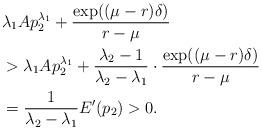
LaTeX: \begin{align*}&\lambda_1Ap_2^{\lambda_1}+\frac{\exp((\mu-r)\delta)}{r-\mu}\\&>\lambda_1Ap_2^{\lambda_1}+\frac{\lambda_2-1}{\lambda_2-\lambda_1}\cdot\frac{\exp((\mu-r)\delta)}{r-\mu}\\&=\frac{1}{\lambda_2-\lambda_1}E'(p_2)>0.\end{align*}